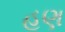
હૂણ